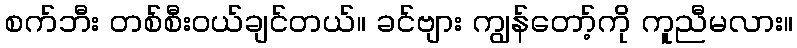
စက်ဘီး တစ်စီးဝယ်ချင်တယ်။ ခင်ဗျား ကျွန်တော့်ကို ကူညီမလား။